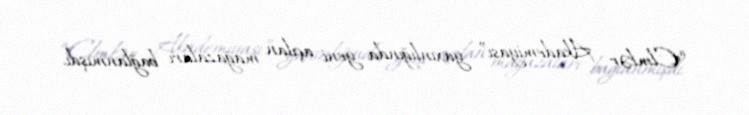
“Elmlər Akademiyası” yaxınlığında yeni açılan mağazaları bağlanmışdı.